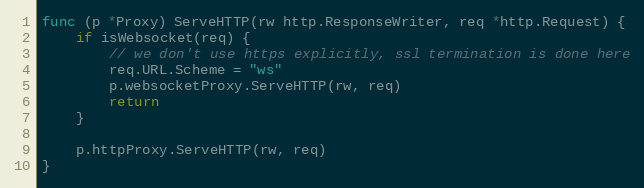
Language: Go
func (p *Proxy) ServeHTTP(rw http.ResponseWriter, req *http.Request) {
	if isWebsocket(req) {
		// we don't use https explicitly, ssl termination is done here
		req.URL.Scheme = "ws"
		p.websocketProxy.ServeHTTP(rw, req)
		return
	}

	p.httpProxy.ServeHTTP(rw, req)
}